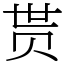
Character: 贳